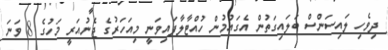
ދިވެހި ލައިސަންސް ބަލައިގަތުން އެގައުމުން ހުއްޓާލާފައިވަނީ މިއަހަރުގެ ޖެނުއަރީ މަހުގެ 8 ވަނަ